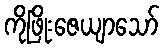
ကိုဖြိုးဇေယျာသော်